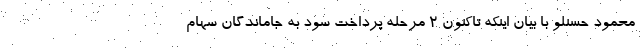
محمود حسنلو با بیان اینکه تاکنون ٢ مرحله پرداخت سود به جاماندگان سهام